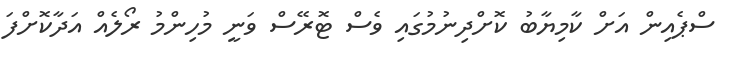
ސްޕެއިން އަށް ކާމިޔާބު ކޮށްދިނުމުގައި ވެސް ޓޮރޭސް ވަނީ މުހިންމު ރޯލެއް އަދާކޮށްފަ